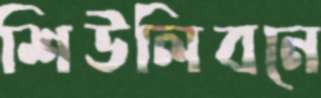
শিউলিবনে